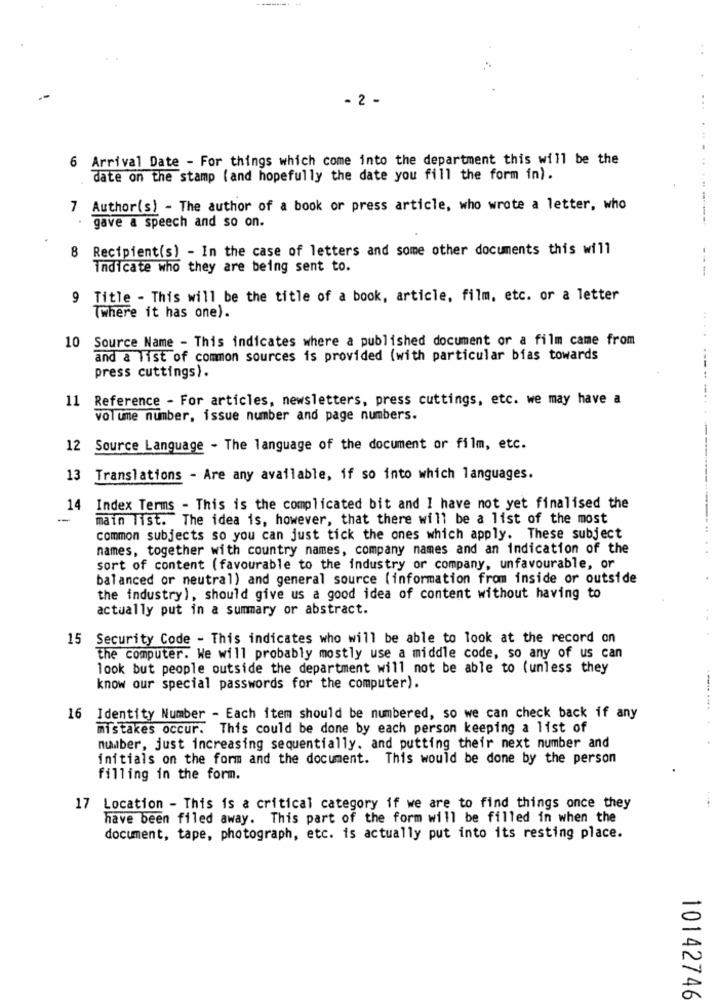
- 2 -
6
Arrival Date - For things which come into the department this will be the
date on the stamp (and hopefully the date you fill the form in).
7
Author(s) - The author of a book or press article, who wrote a letter, who
gave a speech and so on.
8
Recipient(s) - In the case of letters and some other documents this will
indicate who they are being sent to.
9 Title - This will be the title of a book, article, film, etc. or a letter
(where it has one).
10 Source Name - This indicates where a published document or a film came from
and a list of common sources is provided (with particular bias towards
press cuttings).
11 Reference - For articles, newsletters, press cuttings, etc. we may have a
volume number, issue number and page numbers.
12 Source Language - The language of the document or film, etc.
13 Translations - Are any available, if so into which languages.
14 Index Terms - This is the complicated bit and I have not yet finalised the
-
main list. The idea is, however, that there will be a list of the most
common subjects so you can just tick the ones which apply. These subject
names, together with country names, company names and an indication of the
sort of content (favourable to the industry or company, unfavourable, or
balanced or neutral) and general source (information from inside or outside
the industry), should give us a good idea of content without having to
actually put in a summary or abstract.
15 Security Code - This indicates who will be able to look at the record on
the computer. We will probably mostly use a middle code, so any of us can
look but people outside the department will not be able to (unless they
know our special passwords for the computer).
16 Identity Number - Each item should be numbered, so we can check back if any
mistakes occur. This could be done by each person keeping a list of
number, just increasing sequentially. and putting their next number and
initials on the form and the document. This would be done by the person
filling in the form.
17 Location - This is a critical category if we are to find things once they
have been filed away. This part of the form will be filled in when the
document, tape, photograph, etc. is actually put into its resting place.
10142746